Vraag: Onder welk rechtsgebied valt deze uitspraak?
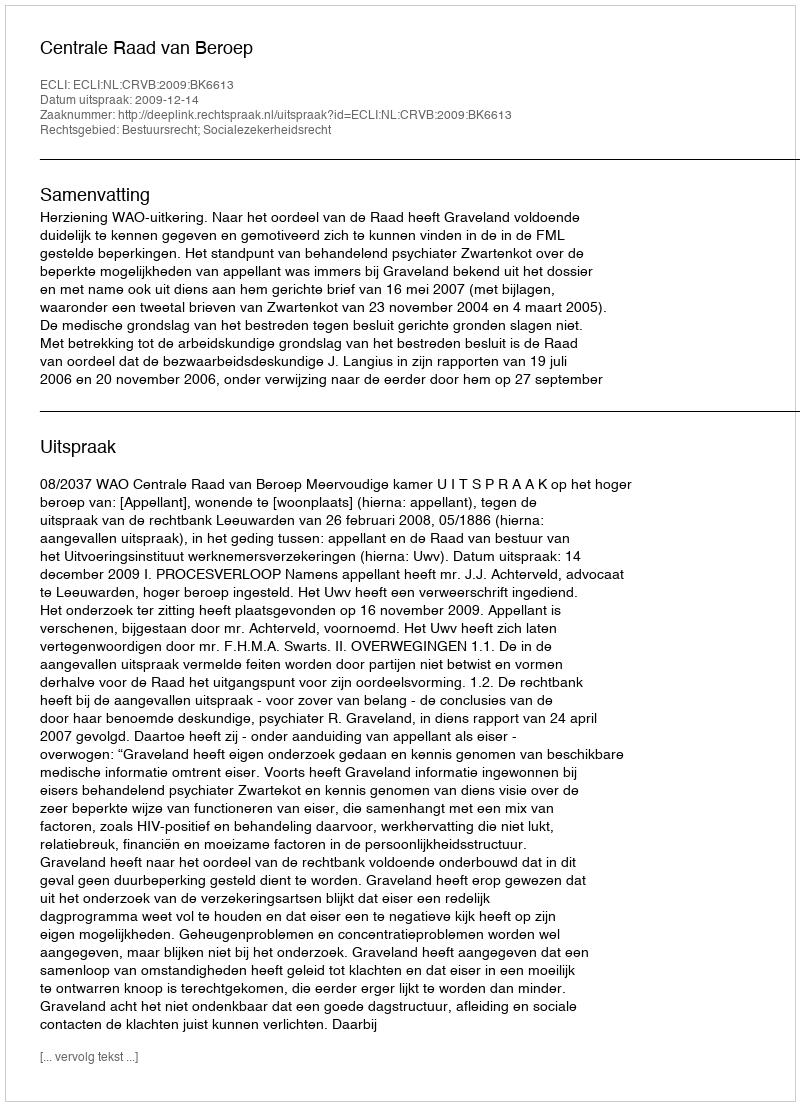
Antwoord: Bestuursrecht; Socialezekerheidsrecht